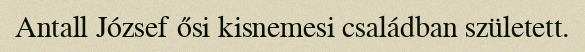
Antall József ősi kisnemesi családban született.